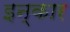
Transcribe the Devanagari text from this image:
इन्‍कार